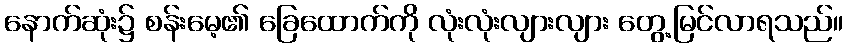
နောက်ဆုံး၌ စန်းမေ့၏ ခြေထောက်ကို လုံးလုံးလျားလျား တွေ့မြင်လာရသည်။